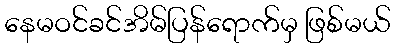
နေမဝင်ခင်အိမ်ပြန်ရောက်မှ ဖြစ်မယ်